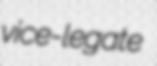
vice-legate